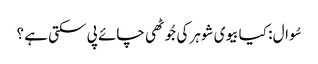
سُوال : کیا بیوی شوہر کی جُوٹھی چائے پی سکتی ہے ؟